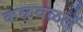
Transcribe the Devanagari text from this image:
कळवळलें